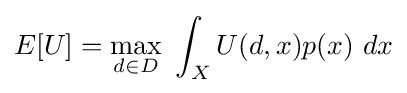
E[U]=\max _{d\in D}~\int _{X}U(d,x)p(x)~dx